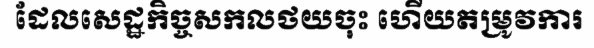
ដែលសេដ្ឋកិច្ចសកលថយចុះ ហើយតម្រូវការ